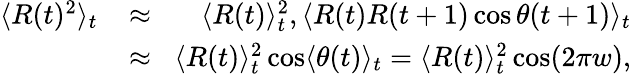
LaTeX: \begin{array}{rlr}{\langle R(t)^{2}\rangle_{t}\! }&{{}\approx}&{\! \langle R(t)\rangle_{t}^{2},\langle R(t)R(t+1)\cos\theta(t+1)\rangle_{t}}\\ {\! }&{{}\approx}&{\! \langle R(t)\rangle_{t}^{2}\cos\langle\theta(t)\rangle_{t}=\langle R(t)\rangle_{t}^{2}\cos(2\pi w),}\end{array}